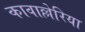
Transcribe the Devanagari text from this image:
कावाल्लेरिया